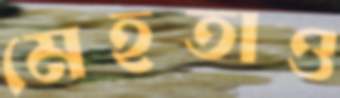
মেহতাও